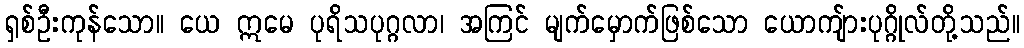
ရှစ်ဦးကုန်သော။ ယေ ဣမေ ပုရိသပုဂ္ဂလာ၊ အကြင် မျက်မှောက်ဖြစ်သော ယောကျ်ားပုဂ္ဂိုလ်တို့သည်။